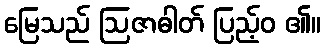
မြေသည် ဩဇာဓါတ် ပြည့်ဝ ၏။